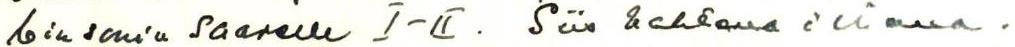
binsonin Saarelle I-II. Siis kahtena iltana.